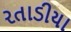
રતાડીયા